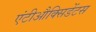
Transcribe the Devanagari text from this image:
एंटीऔक्सिडेंटस